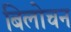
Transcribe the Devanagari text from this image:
बिलोचन